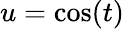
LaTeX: u=\cos(t)